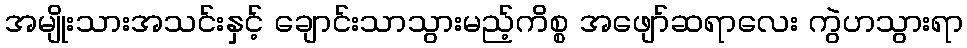
အမျိုးသားအသင်းနှင့် ချောင်းသာသွားမည့်ကိစ္စ အဖျော်ဆရာလေး ကွဲဟသွားရာ